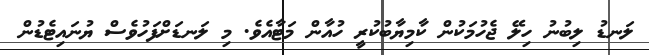
ލަނޑު ލިބުނު ހިލޭ ޖެހުމަކުން ކާމިޔާބުކުރީ ހުއާން މަޓާއެވެ. މި ލަނޑަށްފަހުވެސް ޔުނައިޓެޑުން